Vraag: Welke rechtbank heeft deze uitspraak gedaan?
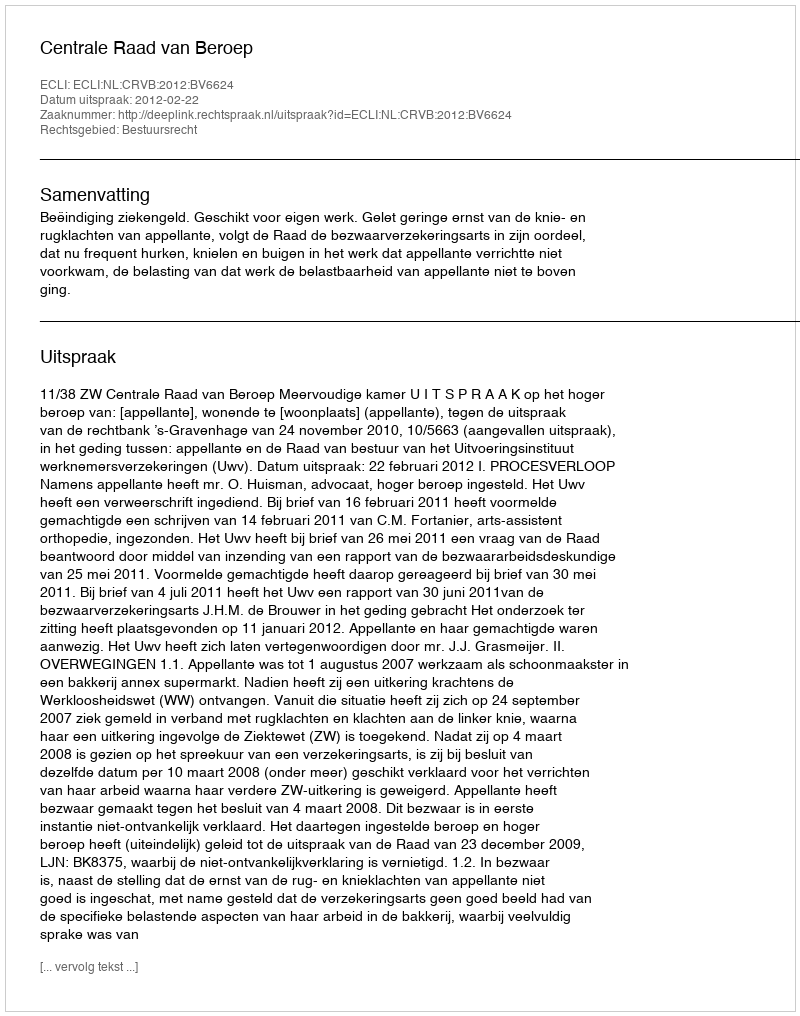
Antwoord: Centrale Raad van Beroep